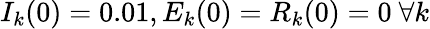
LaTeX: I_{k}(0)=0.01,E_{k}(0)=R_{k}(0)=0\ \forall k